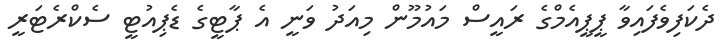
ދެކަފިވެފައިވާ ޕީޕީއެމްގެ ރައީސް މައުމޫން މިއަދު ވަނީ އެ ޕާޓީގެ ޑެޕިއުޓީ ސެކްރެޓަރީ